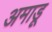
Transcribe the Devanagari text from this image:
अमाडू